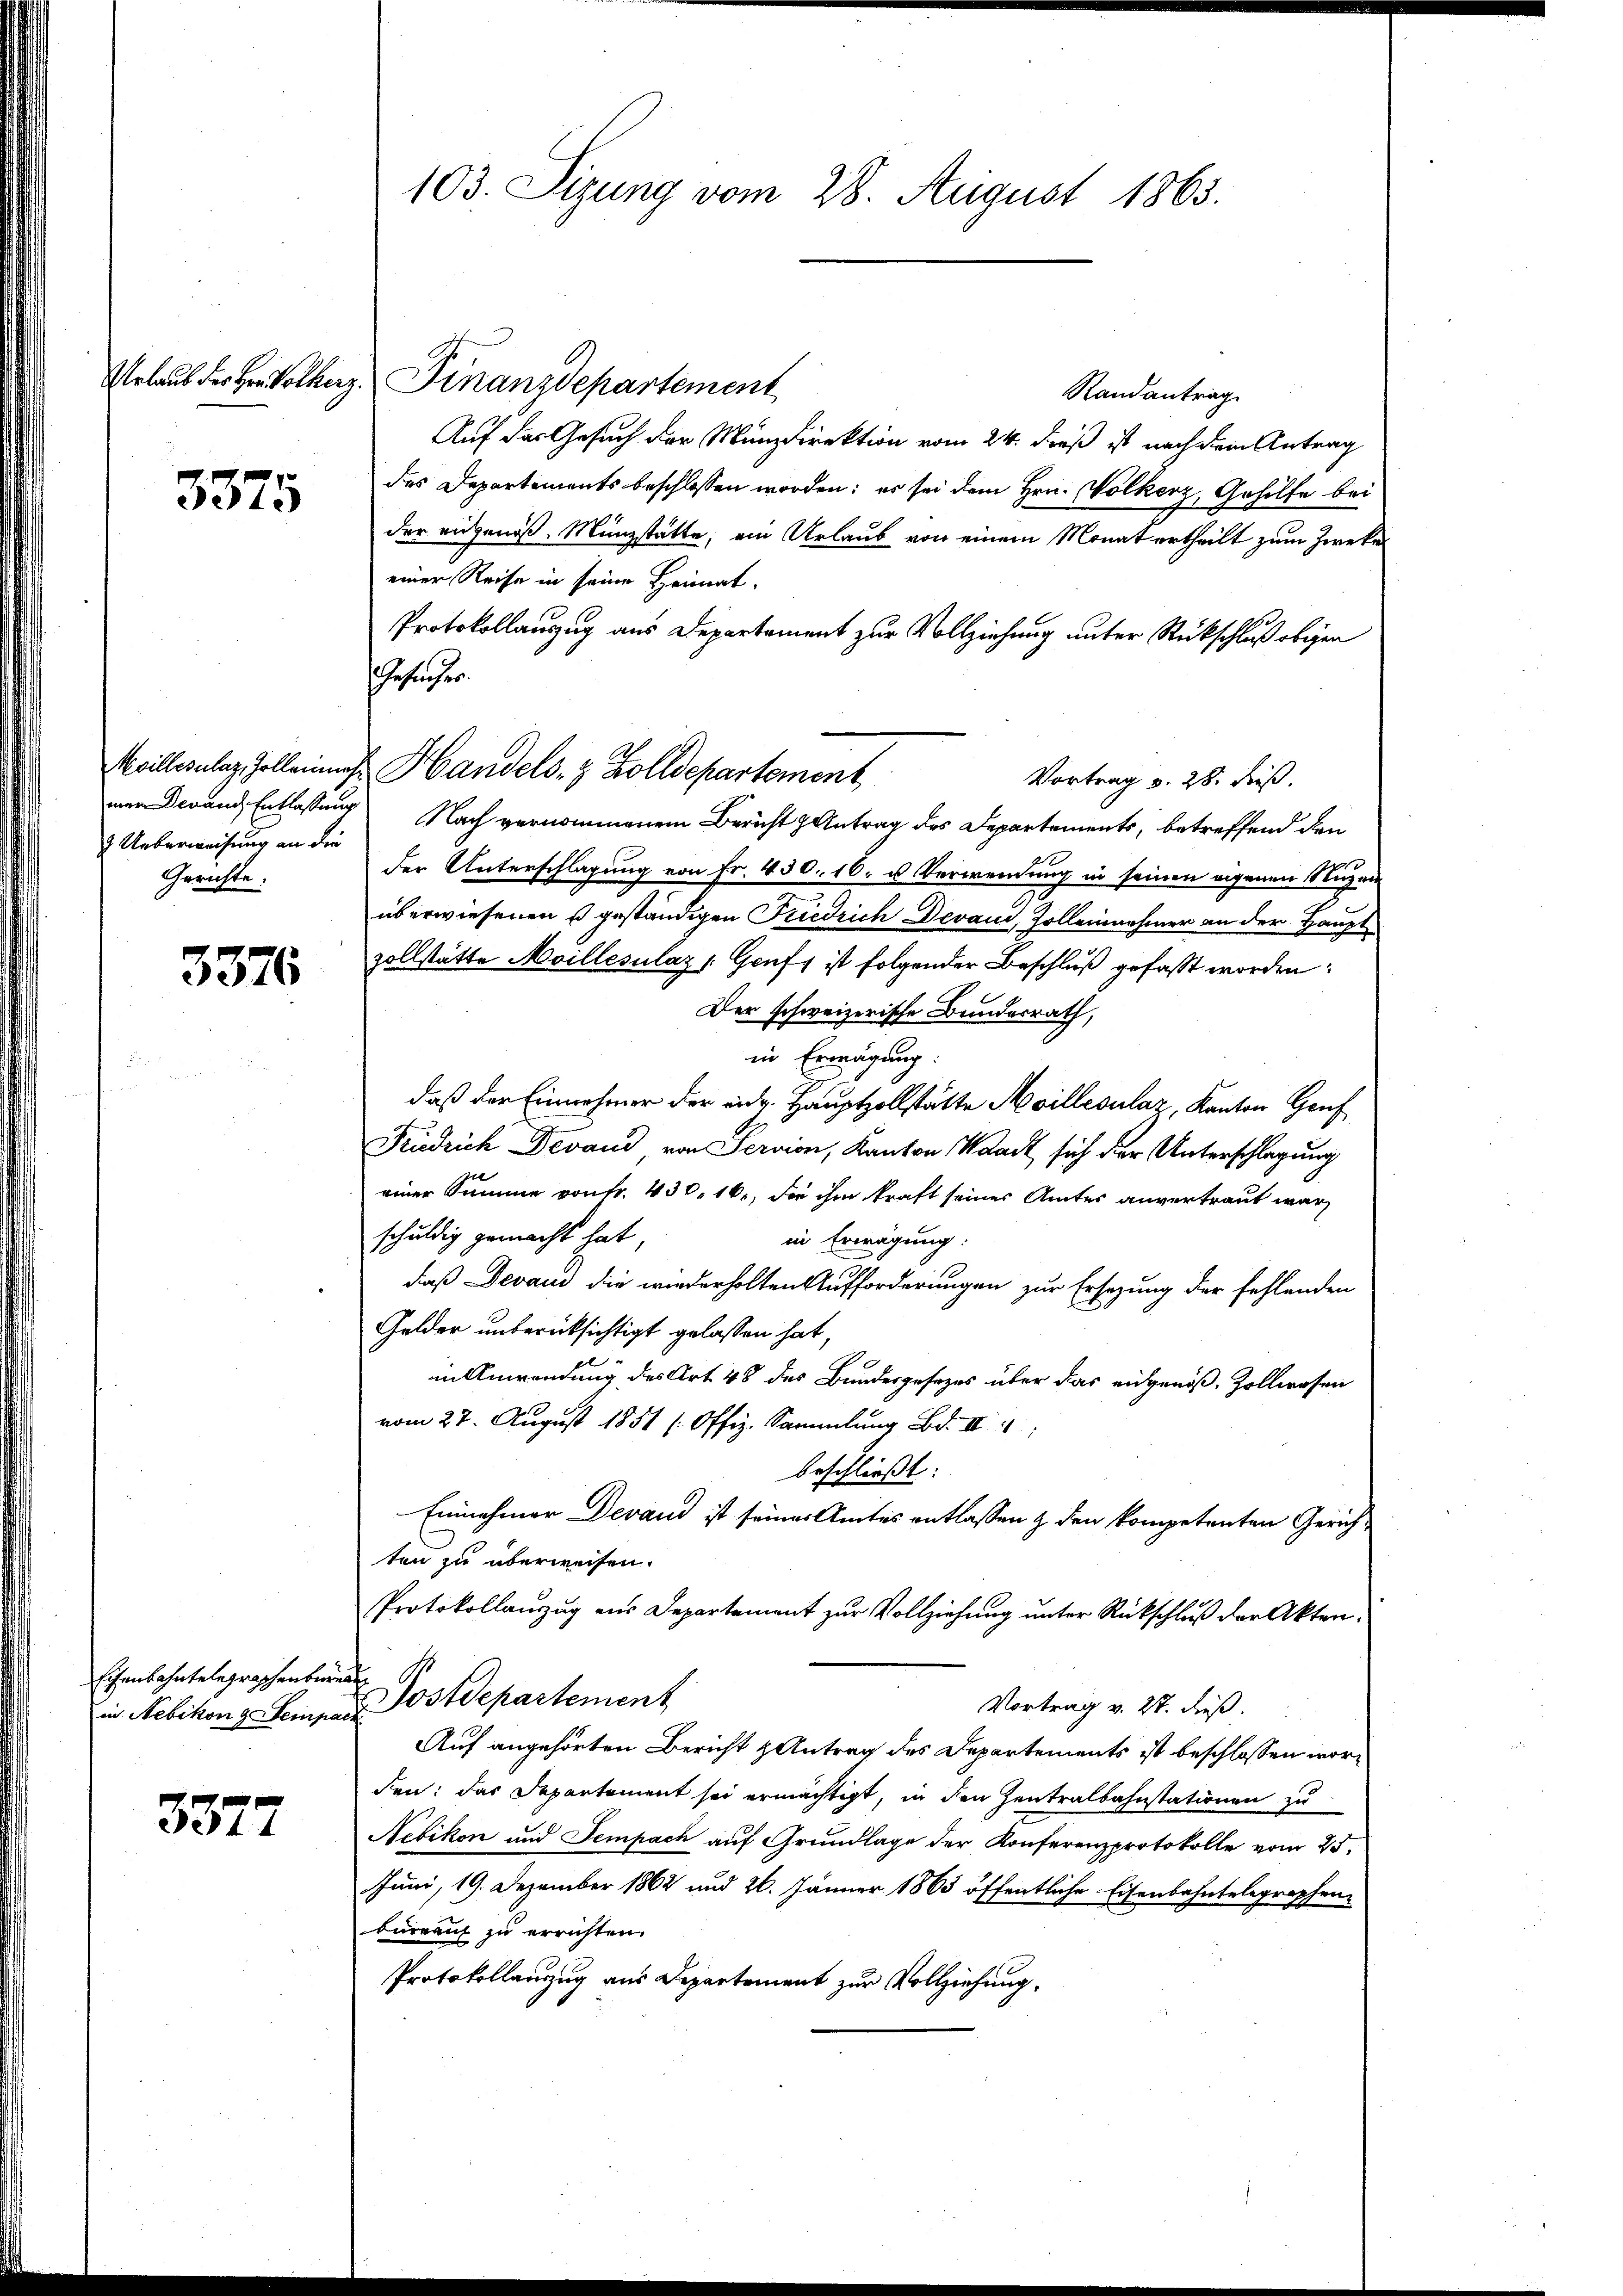
3375

7 Ueberweisung an die
Gerichte:

3376

Eisenbahntelegraphenbrenn

3377

103. Sitzung vom 28. August 1863.

Randantrag
Auf das Gesuch der Münzdirektion vom 24. dieß ist nach dem Antrag
des Departements beschlossen worden; es sei dem Hrn. Völkerz, Gehilfe bei
der eingenoß. Münzstätte, ein Urlaub von einem Monat ertheilt zum Zweke
einer Reise in seine Heimat.
Protokollauszug aus Departement zur Vollziehung unter Rückschluß obigen
Gesuches.
Keillisulaz Zolleines Handels- & Zolldepartement
Vortrag v. 28. dieß.
mer Devand, Entlassung Nach vernommenem Bericht & Antrag des Departements, betreffend den
der Unterschlagung von Fr. 430. 10. u Verwendung in seinen eigenen Nuzen
überwiesenen u geständigen Friedrich Deraus, Zollennehmer an der Hauptzollstätte Moillesilaz [Gruft ist folgender Beschluß gefaßt worden:
Der schweizerische Bundesrath,
in Erwägung:
daß der Einnehmer der eid. Hauptzollstätte Meillesalaz, Kanton Genf
Friedrich Devand, von Servion, Kanton Waadt sich der Unterschlagung
einer Summe von Fr. 430, 16., die ihm kraft seines Amtes anvertraut war
schuldig gemacht hat,
in Erwägung:
daß Devan die wiederholten Aufforderungen zur Ersezung der fehlenden
Gelder unberücksichtigt gelassen hat,
in Anwendung des Art. 48 des Bundesgesezes über das eidgenöß, Zollwesen
vom 27. August 1851 (Offiz. Sammlung Bd. III 4
beschließt:
Einnehmer Devand ist seiner Amtes entlassen & den kompetenten Gerichten zu überweisen.
Protokollanzug aus Departement zur Vollziehung unter Rückschluß der Akten.
in Nebikon Seiner Postdepartement
Vortrag v. 27. dieß.
Auf angehörten Bericht & Antrag des Departements ist beschlossen worden: das Departement sei ermächtigt, in den Zentralbahnstationen zu
Nebikon und Sempach auf Grundlage der Konferenzprotokolle vom 25.
Juni, 19. Dezember 1862 und 26. Jänner 1863 öffentliche Eisenbahntelegraphen-
büreau zu errichten.
Protokollauszug aus Departement zur Vollziehung.

Urlaub der Her Volkerz. Finanzdepartement